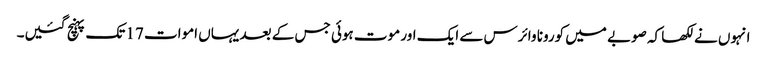
انہوں نے لکھا کہ صوبے میں کورونا وائرس سے ایک اور موت ہوئی جس کے بعد یہاں اموات 17 تک پہنچ گئیں۔